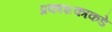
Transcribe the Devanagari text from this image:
प्रकाशकाकडे